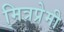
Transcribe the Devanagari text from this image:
मित्रप्रेमी